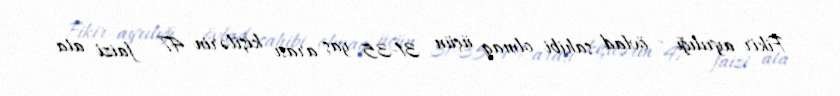
Fikir ayrılığı - övlad sahibi olmaq üçün 31-35 yaş arası kişilərin 47 faizi ata